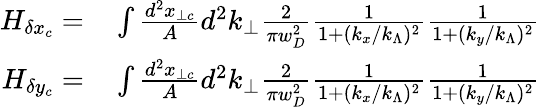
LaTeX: \begin{array}{rl}{H_{\delta x_{c}}=}&{{}\int\frac{d^{2}x_{\perp c}}{A}d^{2}k_{\perp}\frac{2}{\pi w_{D}^{2}}\frac{1}{1+(k_{x}/k_{\Lambda})^{2}}\frac{1}{1+(k_{y}/k_{\Lambda})^{2}}}\\ {H_{\delta y_{c}}=}&{{}\int\frac{d^{2}x_{\perp c}}{A}d^{2}k_{\perp}\frac{2}{\pi w_{D}^{2}}\frac{1}{1+(k_{x}/k_{\Lambda})^{2}}\frac{1}{1+(k_{y}/k_{\Lambda})^{2}}}\end{array}